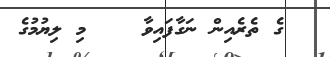
ގެ ތެރެއިން ނަގާފައިވާ    މި ލިޔުމުގެ